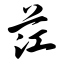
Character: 茳